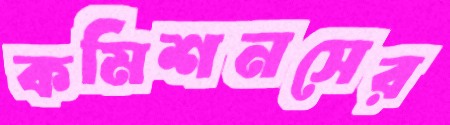
কমিশনসের